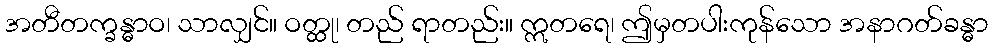
အတီတက္ခန္ဓာဝ၊ သာလျှင်။ ဝတ္ထု၊ တည် ရာတည်း။ ဣတရေ၊ ဤမှတပါးကုန်သော အနာဂတ်ခန္ဓာ